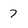
Character: 7